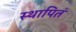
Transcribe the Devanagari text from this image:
स्थापितं